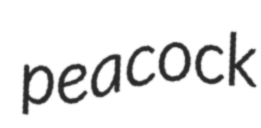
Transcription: peacock